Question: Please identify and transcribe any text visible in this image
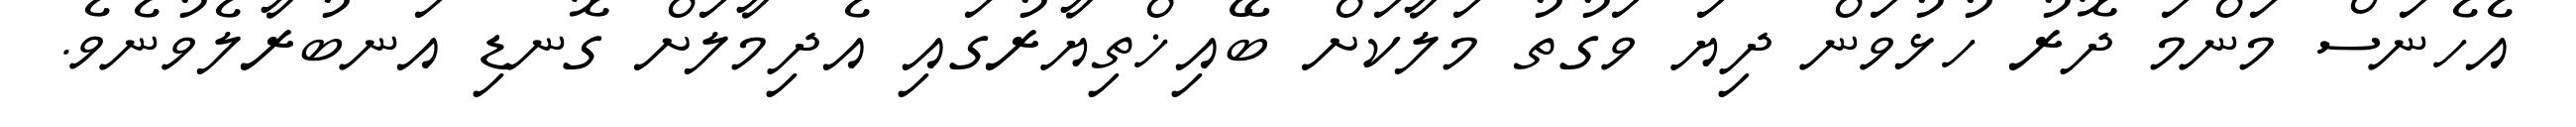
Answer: އެހެނަސް މަންމަ ދޮރު ހުޅުވަން ދިޔަ ވަގުތު މަލާކަށް ބޭއިޚްތިޔާރުގައި އެދިމާލަށް ގޮނޑި އަނބުރާލެވުނެވެ.